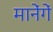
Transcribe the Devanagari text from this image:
मानेंगें